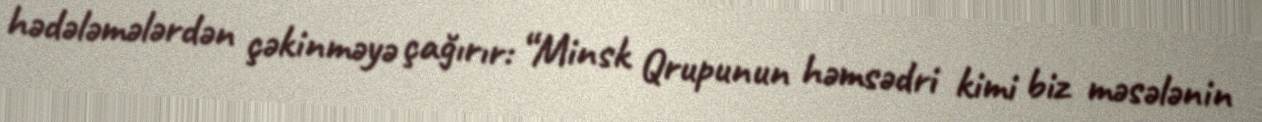
hədələmələrdən çəkinməyə çağırır: “Minsk Qrupunun həmsədri kimi biz məsələnin